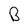
Character: B